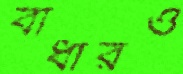
বাধারও